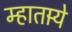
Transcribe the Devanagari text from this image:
म्हातार्‍ये